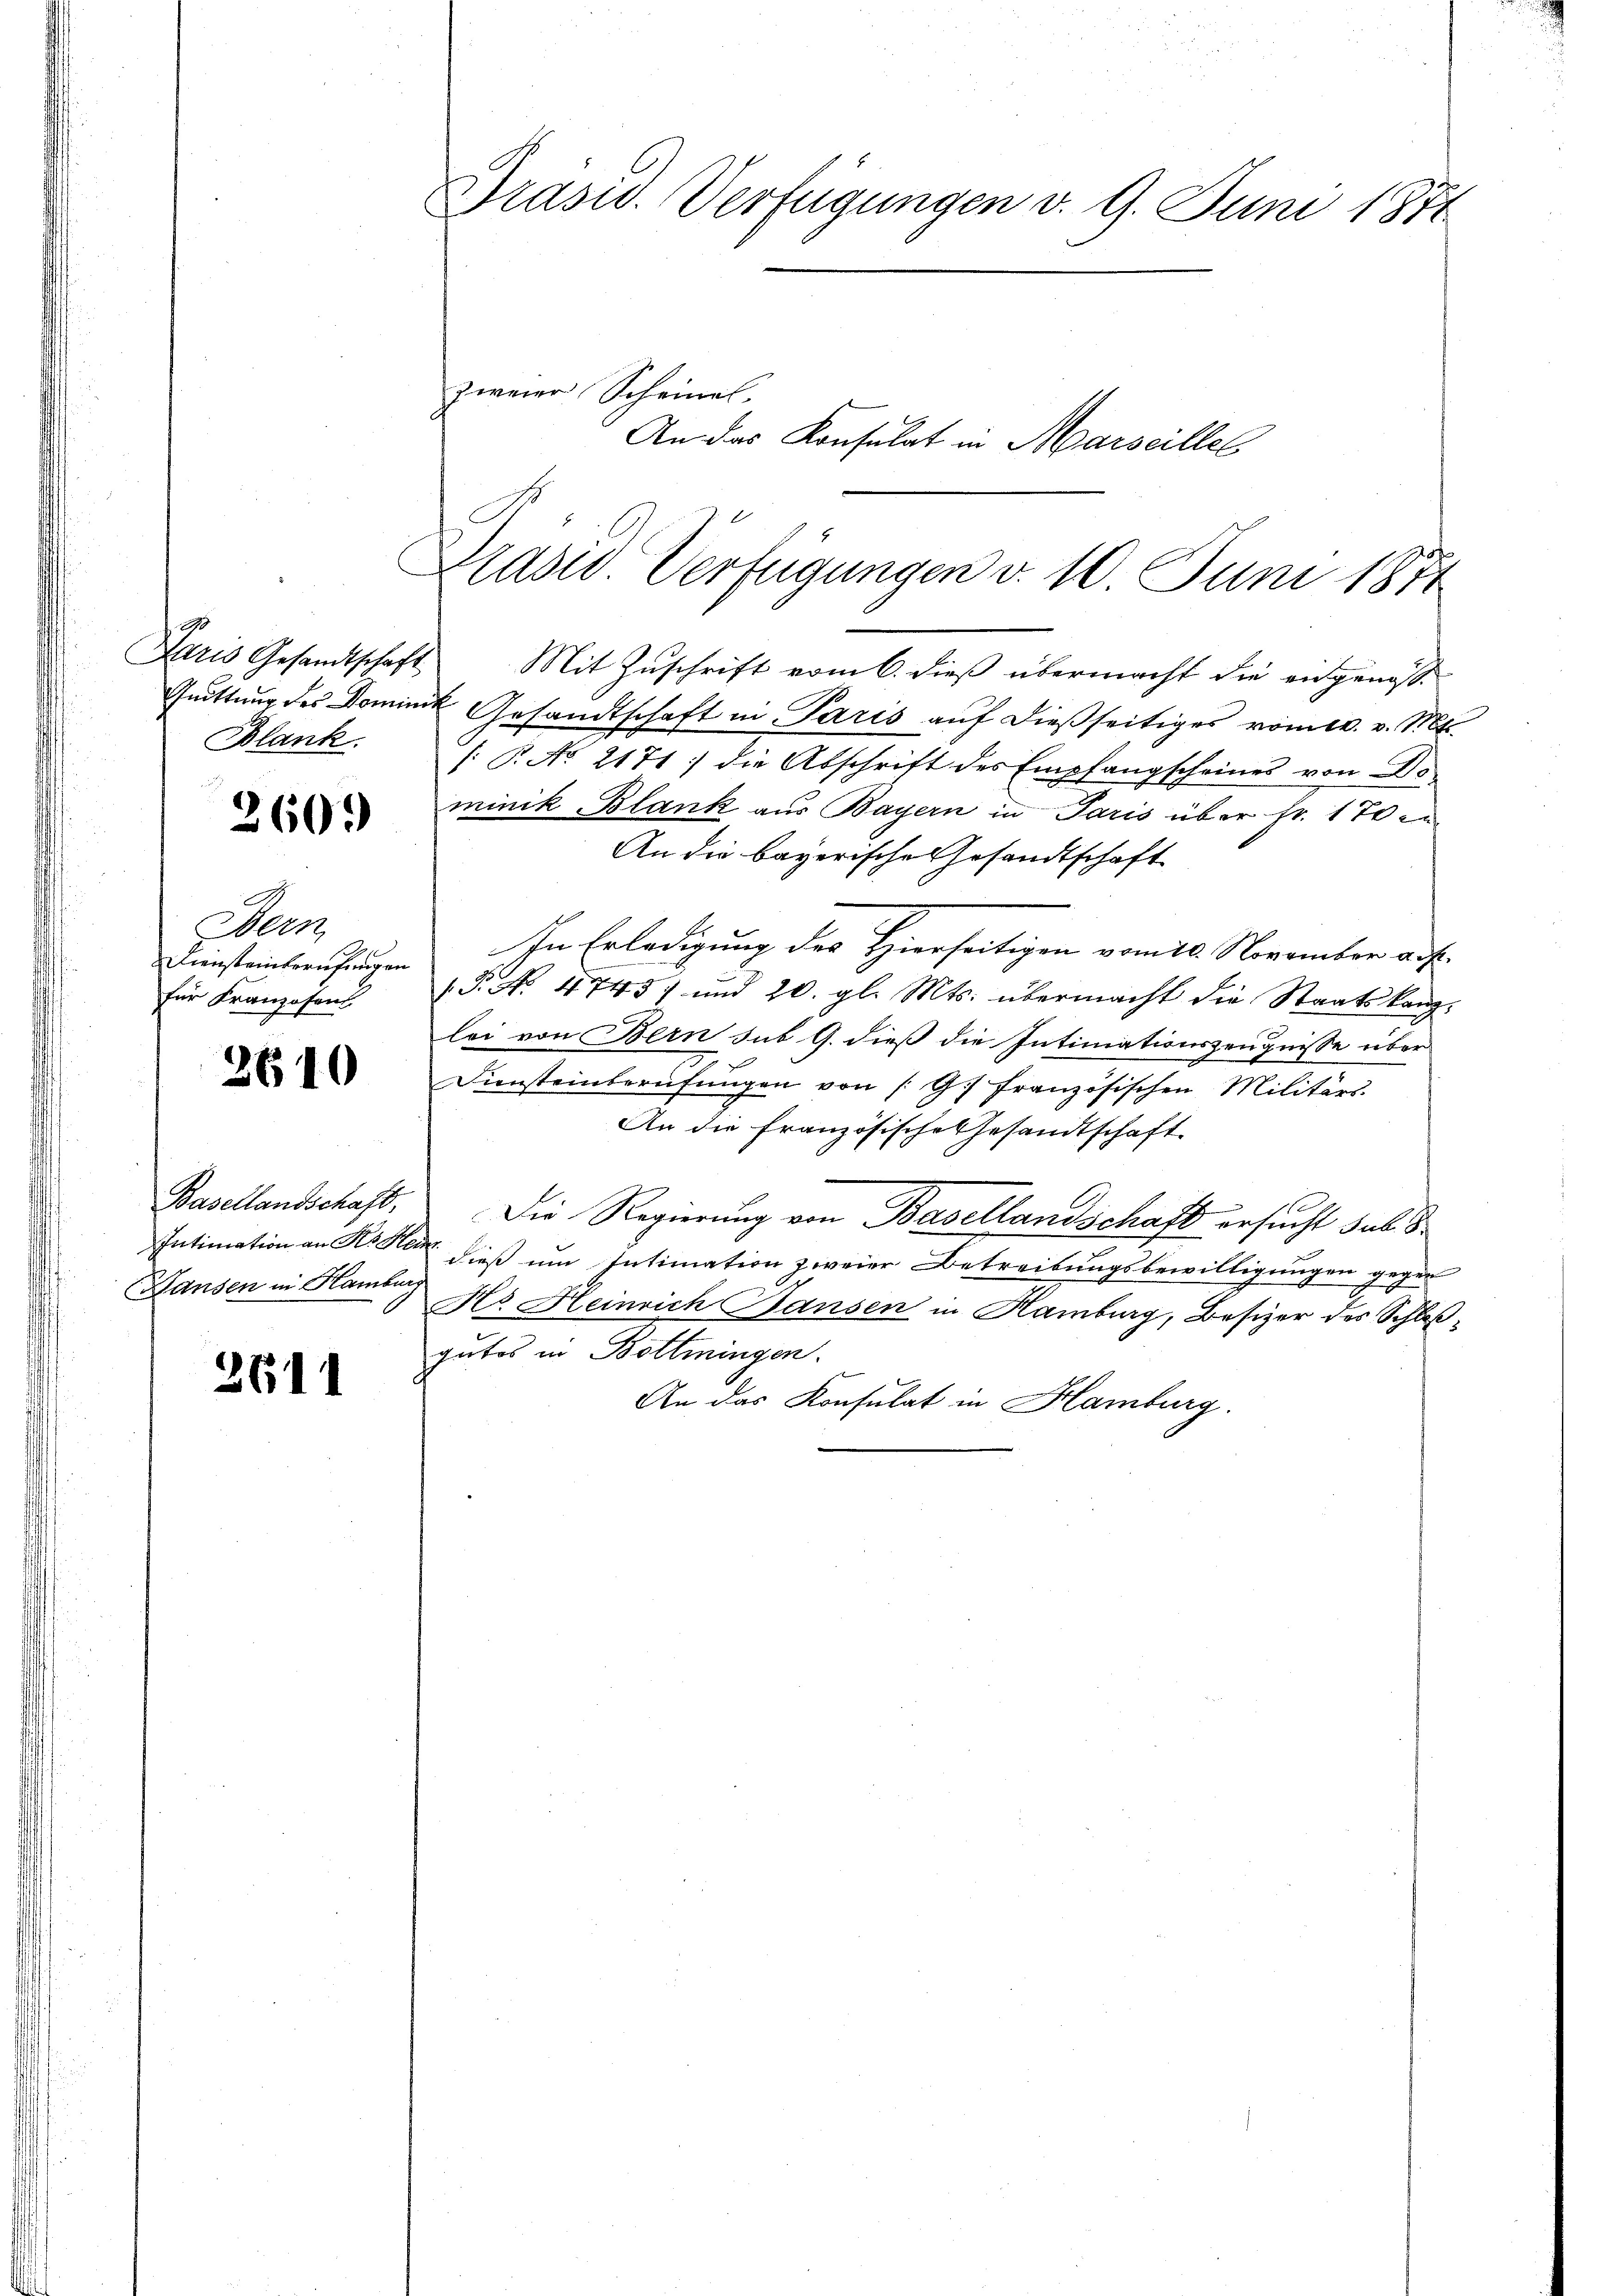
Blank.

260.

Deen
Diensteinberufungen
für Franzosens

2610

Basellandschaft,
(Hansen in Hambur

2611

Präsid. Verfügungen v. 9. Juni 1871

zweier Scheinel.

Paris Gesandtschaft Mit Zŭschrift vom 6. dieβ übermacht die eingenos-
Gŭittŭng des Dominik Gesandtschaft in Paris aŭf dießseitiges vomer. v. Mt.
/. P. No 2171 : die Abschrift des Empfangscheines von Do
minik Blank aus Bayern in Paris über Fr. 170 en
An die bayerische Gesandtschaft
In Erledigung des Hierseitigen vom 10. November auf.
P. Nr. 4745) und 20. gl. Mts. übermacht die Staatskanzlei von Bern sub G. dieß die Intimationszeugnisse über¬
Diensteinberüfŭngen von |: G. Französischen Militärs.
An die französische Gesandtschaft
Die Regierung von Basellandschaft ersucht sub 3
Intimation an H. Sei dieβ ŭm Intimation zweier Betreibŭngsbewilligŭngen gegen
Hs. Heinrich Bansen in Hamburg, Besizer des Schloßgutes in Bottmingen.
An das Konsulat in Hamburg.

An das Konsulat in Marseillel

Präsid. Verfügungen v. 10. Juni 1874